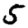
Digit: 5